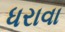
ધરાવા